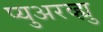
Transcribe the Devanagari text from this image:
प्युअरव्ह्यु